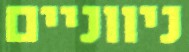
ניווניים